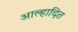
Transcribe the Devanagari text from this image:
आल्हादित